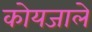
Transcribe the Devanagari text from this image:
कोयजाले